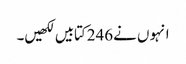
انہو ں نے246کتابیں لکھیں۔